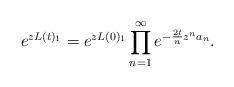
LaTeX: \begin{align*}e^{zL(t)_1}=e^{zL(0)_1}\prod_{n=1}^{\infty}e^{-\frac{2t}{n}z^na_n}.\end{align*}